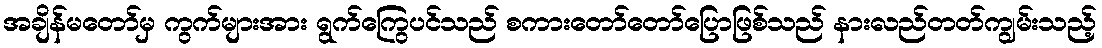
အချိန်မတော်မှ ကွက်များအား ရွက်ကြွေပင်သည် စကားတော်တော်ပြောဖြစ်သည် နားလည်တတ်ကျွမ်းသည့်